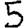
Digit: 5